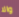
والا